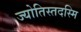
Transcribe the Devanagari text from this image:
ज्योतिस्तदस्मि